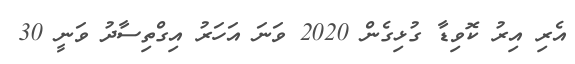
އެރި އިރު ކޮވިޑާ ގުޅިގެން 2020 ވަނަ އަހަރު އިގްތިސާދު ވަނީ 30